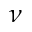
\nu